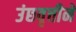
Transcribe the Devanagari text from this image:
उंछवृत्तीने